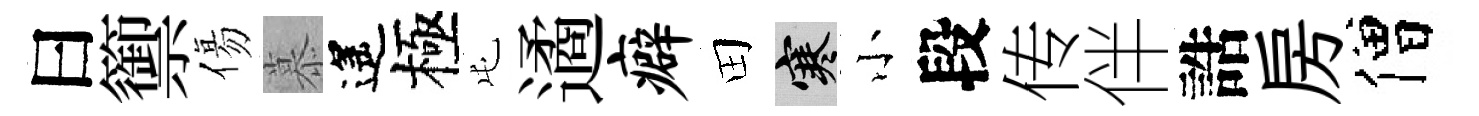
曰籞傷慕遙極屯遹癖田寒小段传伴誥房僧